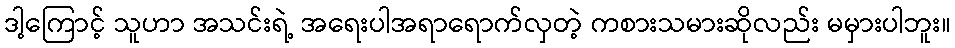
ဒါ့ကြောင့် သူဟာ အသင်းရဲ့ အရေးပါအရာရောက်လှတဲ့ ကစားသမားဆိုလည်း မမှားပါဘူး။